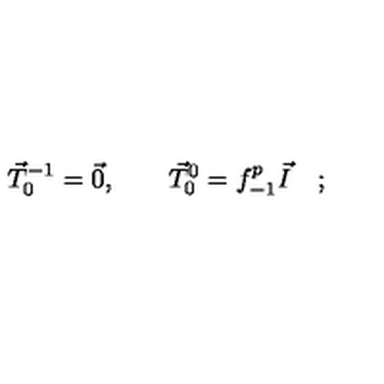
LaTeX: \vec { T } _ { 0 } ^ { - 1 } = \vec { 0 } , \qquad \vec { T } _ { 0 } ^ { 0 } = f _ { - 1 } ^ { p } \vec { I } \quad ;